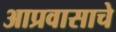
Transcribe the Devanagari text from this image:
आप्रवासाचे